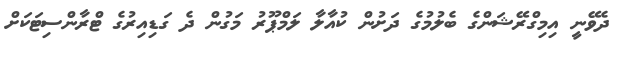
ދެވޭނީ އިމިގްރޭޝަންގެ ބެލުމުގެ ދަށުން ކުއާލާ ލަމްޕޫރު މަގުން ދެ ގަޑިއިރުގެ ޓްރާންސިޓަކަށް